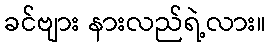
ခင်ဗျား နားလည်ရဲ့လား။